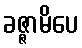
ခဇ္ဇာမိပေ